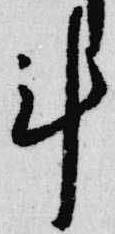
計